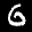
Label: 6